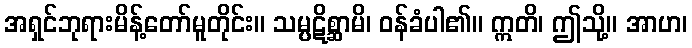
အရှင်ဘုရားမိန့်တော်မူတိုင်း။ သမ္ပဋိစ္ဆာမိ၊ ဝန်ခံပါ၏။ ဣတိ၊ ဤသို့။ အာဟ၊